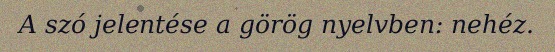
A szó jelentése a görög nyelvben: nehéz.